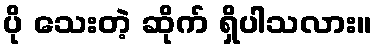
ပို သေးတဲ့ ဆိုက် ရှိပါသလား။